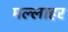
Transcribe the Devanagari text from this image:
मल्लाहर